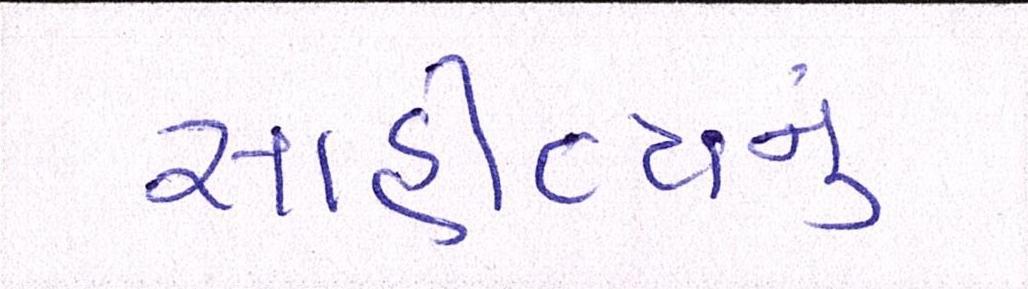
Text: સાહીત્યનું